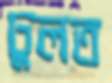
ঢুলত